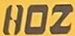
HOZ